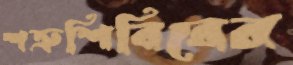
শত্রুশিবিরের